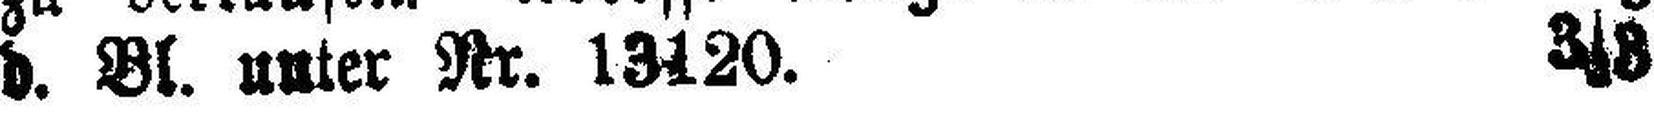
d. Bl. unter Nr. 13120. 3|8